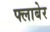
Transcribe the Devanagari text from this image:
फ्लाबेर